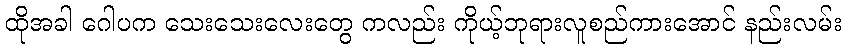
ထိုအခါ ဂေါပက သေးသေးလေးတွေ ကလည်း ကိုယ့်ဘုရားလူစည်ကားအောင် နည်းလမ်း